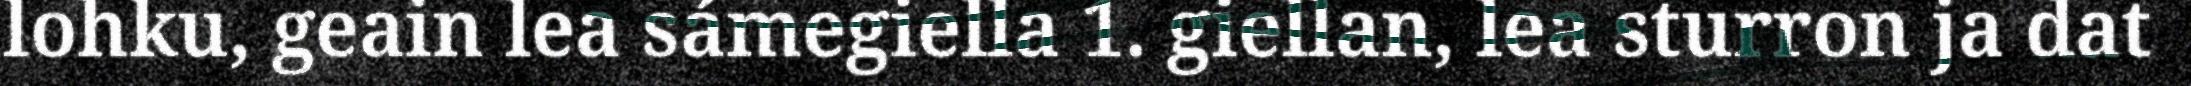
lohku, geain lea sámegiella 1. giellan, lea sturron ja dat